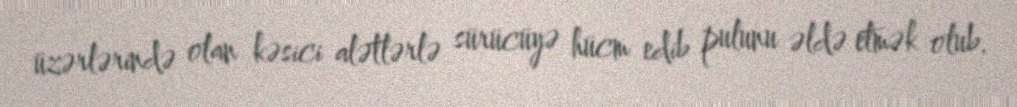
üzərlərində olan kəsici alətlərlə sürücüyə hücm edib pulunu əldə etmək olub.